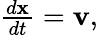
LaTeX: \begin{array}{r}{\frac{d\mathbf{x}}{dt}=\mathbf{v},}\end{array}